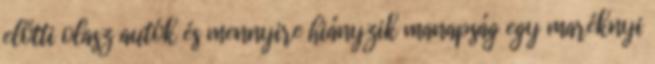
előtti olasz autók és mennyire hiányzik manapság egy maréknyi